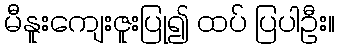
မီနူးကျေးဇူးပြု၍ ထပ် ပြပါဦး။